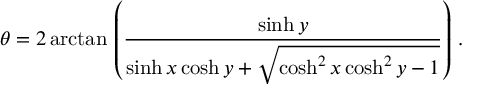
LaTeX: \theta = 2 \arctan \, \left( { \frac { \sinh y } { \sinh x \cosh y + { \sqrt { \cosh ^ { 2 } x \cosh ^ { 2 } y - 1 } } } } \right) \, .